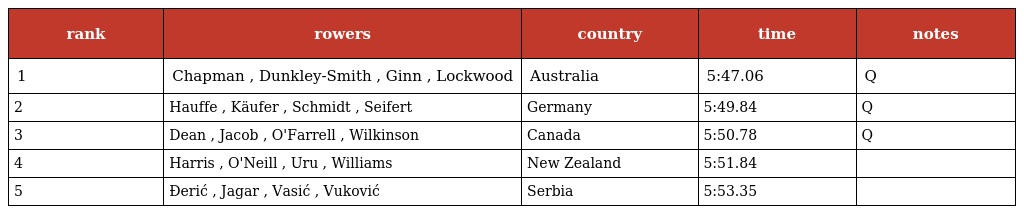
| rank | rowers | country | time | notes |
 | --- | --- | --- | --- | --- |
 | 1 | Chapman , Dunkley-Smith , Ginn , Lockwood | Australia | 5:47.06 | Q |
 | 2 | Hauffe , Käufer , Schmidt , Seifert | Germany | 5:49.84 | Q |
 | 3 | Dean , Jacob , O'Farrell , Wilkinson | Canada | 5:50.78 | Q |
 | 4 | Harris , O'Neill , Uru , Williams | New Zealand | 5:51.84 |  |
 | 5 | Đerić , Jagar , Vasić , Vuković | Serbia | 5:53.35 |  |